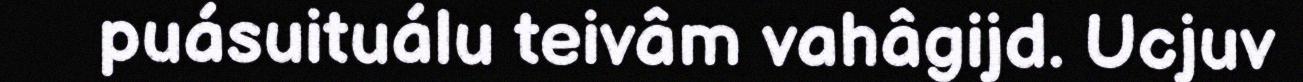
puásuituálu teivâm vahâgijd. Ucjuv